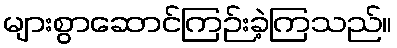
များစွာဆောင်ကြဉ်းခဲ့ကြသည်။